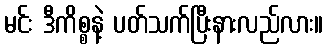
မင်း ဒီကိစ္စနဲ့ ပတ်သက်ပြီးနားလည်လား။